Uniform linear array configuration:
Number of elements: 4
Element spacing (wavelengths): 0.75
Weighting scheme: blackman
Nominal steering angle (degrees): -15
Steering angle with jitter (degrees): -13.751
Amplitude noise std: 0.05
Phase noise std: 0.05

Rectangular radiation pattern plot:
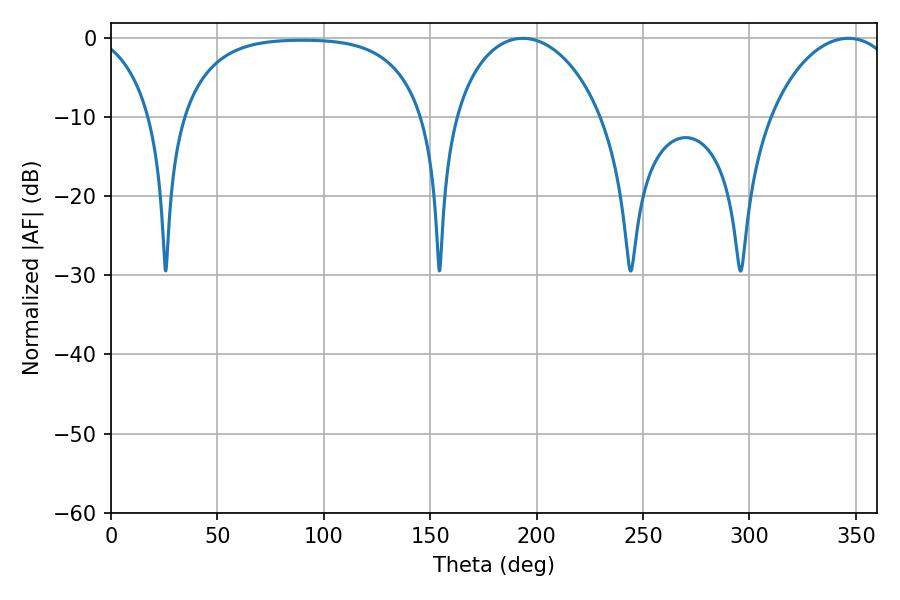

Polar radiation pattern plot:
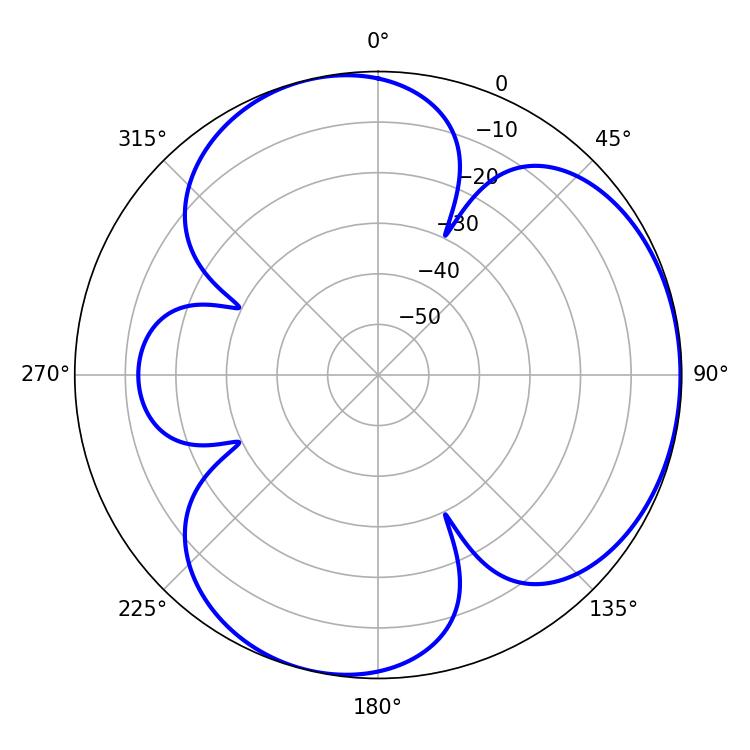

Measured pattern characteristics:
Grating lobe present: TRUE
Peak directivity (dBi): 4.046
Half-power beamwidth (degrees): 39.96
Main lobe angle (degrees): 193.5